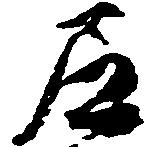
尼